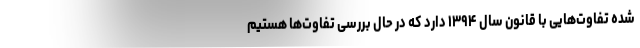
شده تفاوت‌هایی با قانون سال ۱۳۹۴ دارد که در حال بررسی تفاوت‌ها هستیم